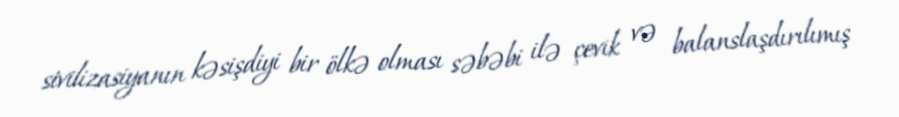
sivilizasiyanın kəsişdiyi bir ölkə olması səbəbi ilə çevik və balanslaşdırılımış